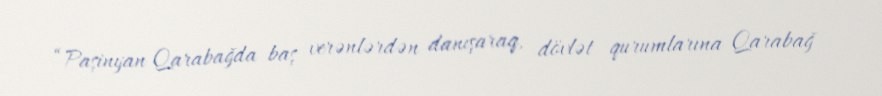
“Paşinyan Qarabağda baş verənlərdən danışaraq, dövlət qurumlarına Qarabağ